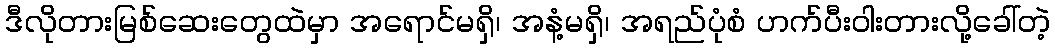
ဒီလိုတားမြစ်ဆေးတွေထဲမှာ အရောင်မရှိ၊ အနံ့မရှိ၊ အရည်ပုံစံ ဟက်ပီးဝါးတားလို့ခေါ်တဲ့